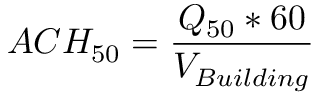
A C H _ { 5 0 } = { \frac { Q _ { 5 0 } * 6 0 } { V _ { B u i l d i n g } } } \,